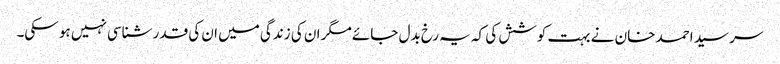
سر سید احمد خان نے بہت کوشش کی کہ یہ رخ بدل جائے مگر ان کی زندگی میں ان کی قدر شناسی نہیں ہو سکی۔